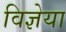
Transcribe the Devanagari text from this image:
विज्ञेया